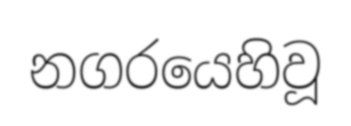
නගරයෙහිවූ